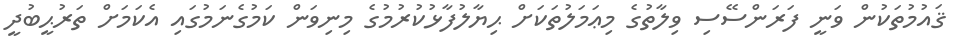
ޤައުމުތަކުން ވަނީ ފަރަންސޭސި ވިލާތުގެ މިޢަމަލުތަކަށް ޙިޔާލުފާޅުކުރުމުގެ މިނިވަން ކަމުގެނަމުގައި އެކަމަށް ތަރުޙީބުދީ